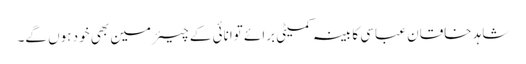
شاہد خاقان عباسی کابینہ کمیٹی برائے توانائی کے چیئرمین بھی خود ہوں گے۔